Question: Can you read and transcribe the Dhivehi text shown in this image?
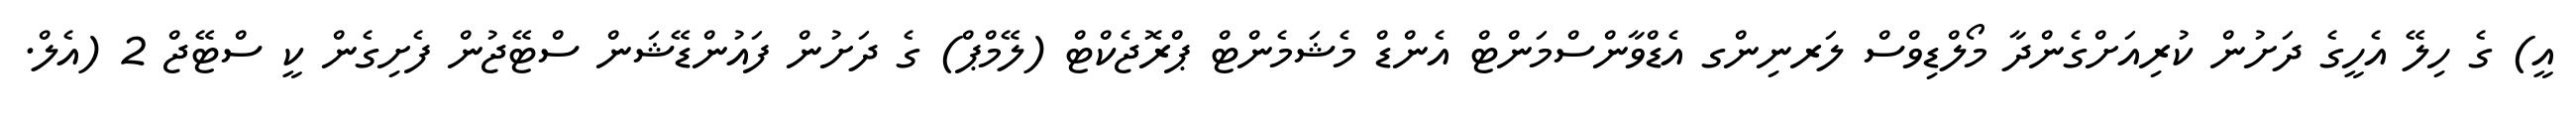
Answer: އީ) ގެ ހިލޭ އެހީގެ ދަށުން ކުރިއަށްގެންދާ މޯލްޑިވްސް ލަރނިންގ އެޑްވާންސްމަންޓް އެންޑް މެޝަމެންޓް ޕްރޮޖެކްޓް (ލޭމްޕް) ގެ ދަށުން ފައުންޑޭޝަން ސްޓޭޖުން ފެށިގެން ކީ ސްޓޭޖް 2 (އެލް.